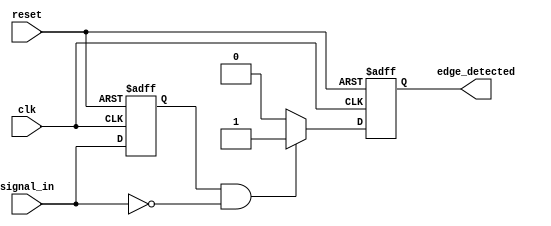
module negative_edge_detector (
    input wire clk,            // Clock signal
    input wire reset,          // Reset signal
    input wire signal_in,      // Input signal to detect falling edge
    output reg edge_detected    // Output signal indicating edge detection
);

    // Register to hold the previous state of the input signal
    reg previous_signal;

    // Always block triggered on the rising edge of the clock or reset
    always @(posedge clk or posedge reset) begin
        if (reset) begin
            // On reset, initialize the previous signal and output
            previous_signal <= 1'b0;
            edge_detected <= 1'b0;
        end else begin
            // Check for falling edge
            if (previous_signal == 1'b1 && signal_in == 1'b0) begin
                edge_detected <= 1'b1; // Falling edge detected
            end else begin
                edge_detected <= 1'b0; // No edge detected
            end
            
            // Update previous signal state
            previous_signal <= signal_in;
        end
    end

endmodule